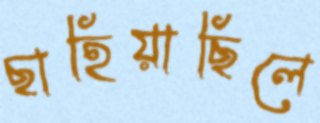
ছাহিয়াছিলে